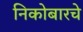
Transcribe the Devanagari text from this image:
निकोबारचे